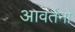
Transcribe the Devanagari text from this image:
आवर्तनो